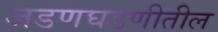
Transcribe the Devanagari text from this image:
जडणघडणीतील